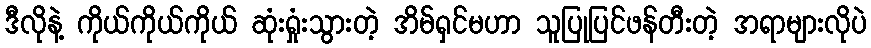
ဒီလိုနဲ့ ကိုယ်ကိုယ်ကိုယ် ဆုံးရှုံးသွားတဲ့ အိမ်ရှင်မဟာ သူပြုပြင်ဖန်တီးတဲ့ အရာများလိုပဲ